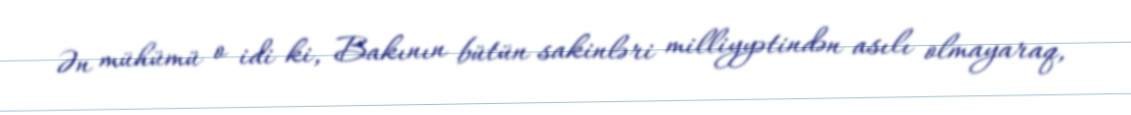
Ən mühümü o idi ki, Bakının bütün sakinləri milliyyətindən asılı olmayaraq,